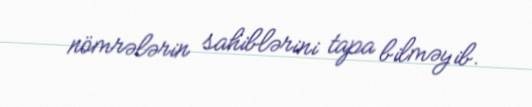
nömrələrin sahiblərini tapa bilməyib.